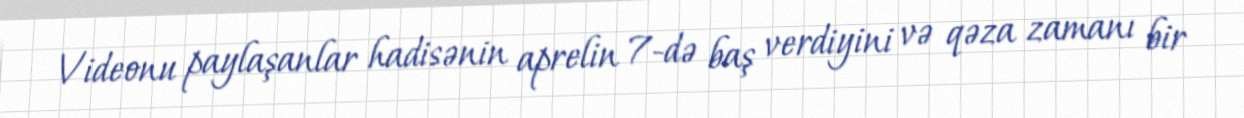
Videonu paylaşanlar hadisənin aprelin 7-də baş verdiyini və qəza zamanı bir